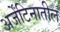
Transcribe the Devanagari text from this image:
अर्जेंटिनातील